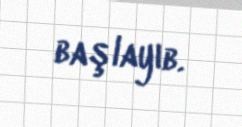
başlayıb.